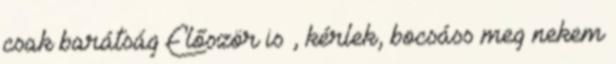
csak barátság Először is , kérlek, bocsáss meg nekem